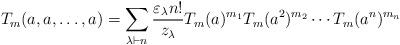
LaTeX: \begin{align*}T_m(a, a, \ldots, a) = \sum_{\lambda \vdash n} \frac{\varepsilon_\lambda n!}{z_\lambda} T_m(a)^{m_1}T_m(a^2)^{m_2} \cdots T_m(a^n)^{m_n}\end{align*}